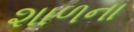
શાળના